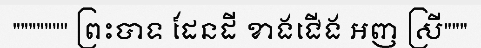
""""""" ព្រះបាទ ដែនដី ខាងជើង អញ ស្រី"""